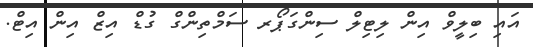
އައި ބިލީވް އިން ލިޓިލް ސިންގަޕޯރ ސަމްތިންގް ގުޑް އިޒް އިން އިޓް.